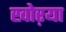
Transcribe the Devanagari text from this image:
खोऱया